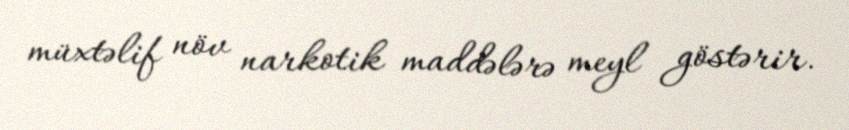
müxtəlif növ narkotik maddələrə meyl göstərir.